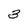
Character: 3